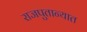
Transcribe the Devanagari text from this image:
राजपुतान्यात